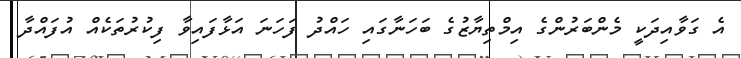
އެ ގަވާއިދަކީ މެންބަރުންގެ އިމްތިޔާޒުގެ ބަހަނާގައި ހައްދު ފަހަނަ އަޅާފައިވާ ފިކުރުތަކެއް އުފައްދާ